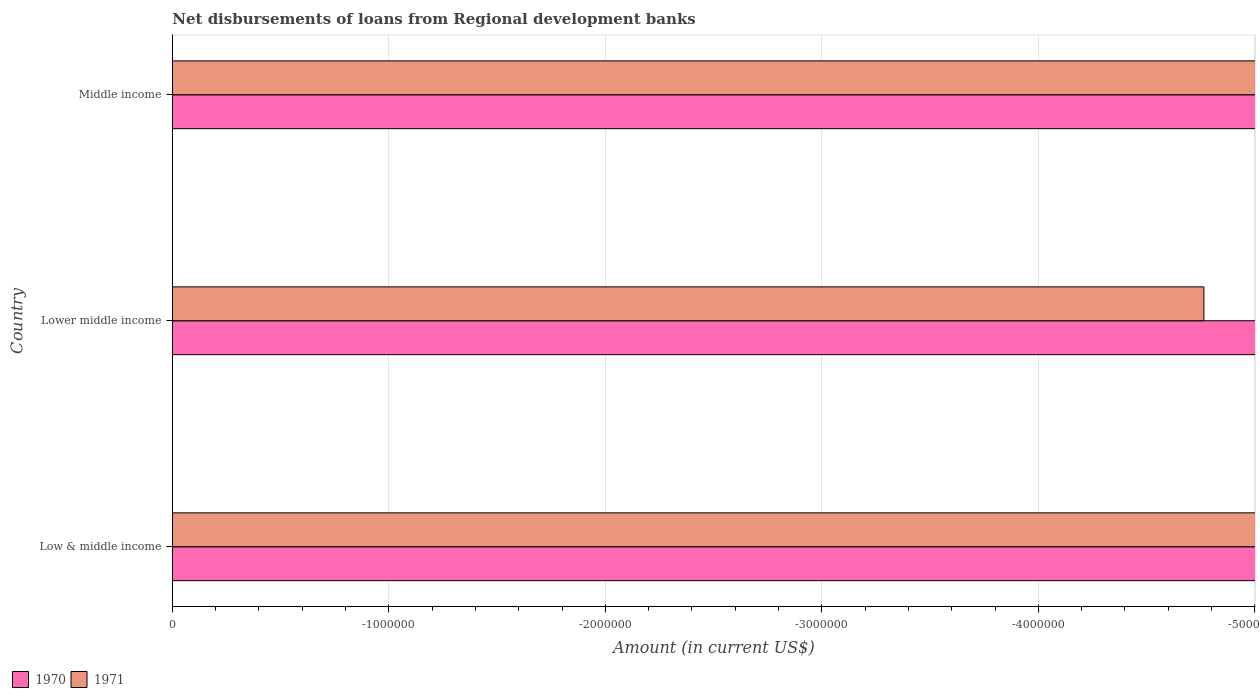
| Country | 1970 | 1971 |
 | --- | --- | --- |
 | Low & middle income | -2.02e+08 | -1.57e+07 |
 | Lower middle income | -2.02e+08 | -4.76e+06 |
 | Middle income | -2.02e+08 | -1.22e+07 |